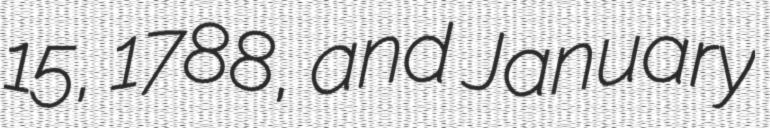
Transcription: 15, 1788, and January